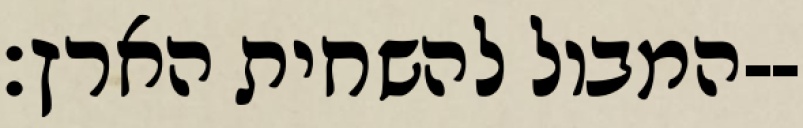
המבול להשחית הארץ׃--